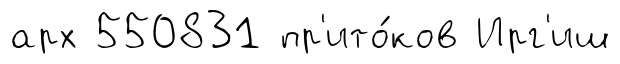
арх 550831 пр'ито́ков Ирг'иш